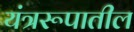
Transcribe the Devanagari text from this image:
यंत्ररूपातील